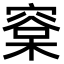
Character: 㮤